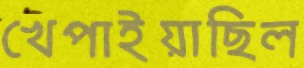
খেপাইয়াছিল